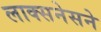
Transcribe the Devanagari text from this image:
लाक्सनेसने